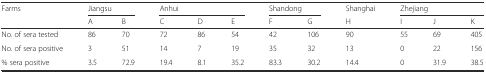
<table><thead><tr><td rowspan="2"><b>Farms</b></td><td colspan="2"><b>Jiangsu</b></td><td colspan="3"><b>Anhui</b></td><td colspan="2"><b>Shandong</b></td><td><b>Shanghai</b></td><td colspan="3"><b>Zhejiang</b></td></tr><tr><td><b>A</b></td><td><b>B</b></td><td><b>C</b></td><td><b>D</b></td><td><b>E</b></td><td><b>F</b></td><td><b>G</b></td><td><b>H</b></td><td><b>I</b></td><td><b>J</b></td><td><b>K</b></td></tr></thead><tbody><tr><td>No. of sera tested</td><td>86</td><td>70</td><td>72</td><td>86</td><td>54</td><td>42</td><td>106</td><td>90</td><td>55</td><td>69</td><td>405</td></tr><tr><td>No. of sera positive</td><td>3</td><td>51</td><td>14</td><td>7</td><td>19</td><td>35</td><td>32</td><td>13</td><td>0</td><td>22</td><td>156</td></tr><tr><td>% sera positive</td><td>3.5</td><td>72.9</td><td>19.4</td><td>8.1</td><td>35.2</td><td>83.3</td><td>30.2</td><td>14.4</td><td>0</td><td>31.9</td><td>38.5</td></tr></tbody></table>